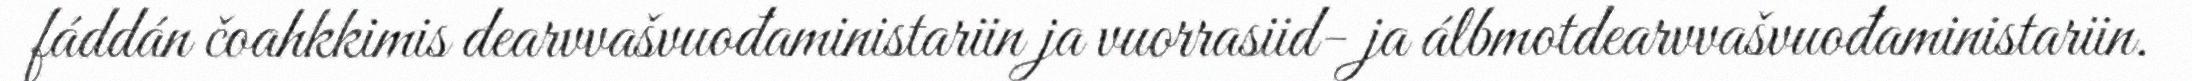
fáddán čoahkkimis dearvvašvuođaministariin ja vuorrasiid- ja álbmotdearvvašvuođaministariin.